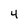
Character: 4